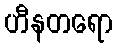
ဟီနတရော